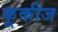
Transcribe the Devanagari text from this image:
कूकीज